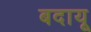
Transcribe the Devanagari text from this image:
बदायू